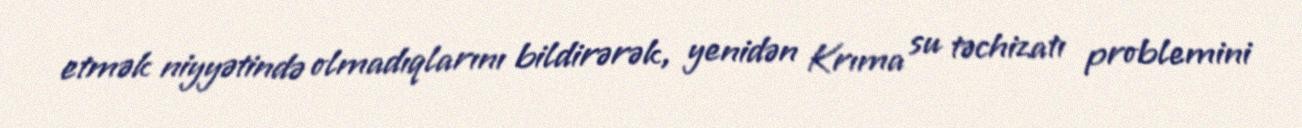
etmək niyyətində olmadıqlarını bildirərək, yenidən Krıma su təchizatı problemini